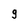
Character: 9